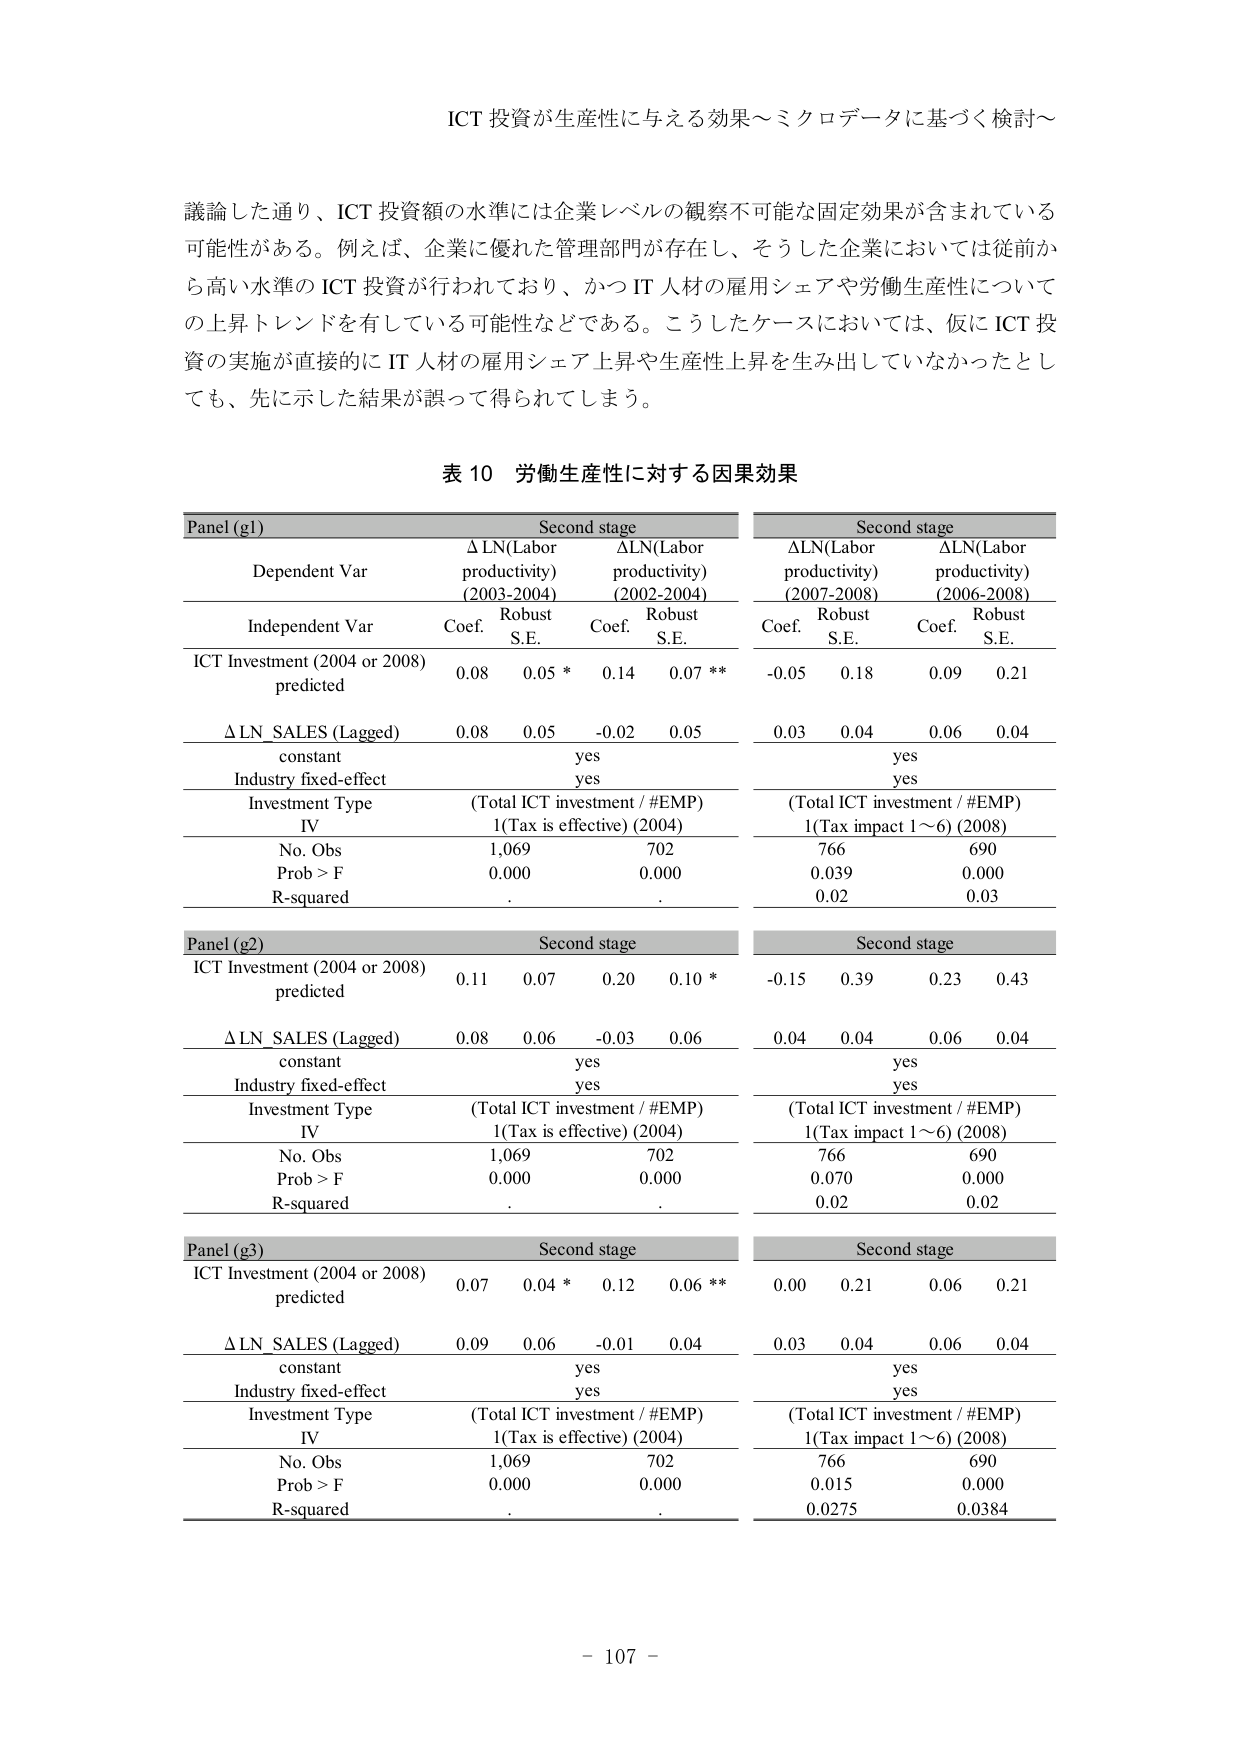
ICT 投資が生産性に与える効果～ミクロデータに基づく検討～

議論した通り、ICT 投資額の水準には企業レベルの観察不可能な固定効果が含まれている可能性がある。例えば、企業に優れた管理部門が存在し、そうした企業においては従前から高い水準の ICT 投資が行われており、かつ IT 人材の雇用シェアや労働生産性についての上昇トレンドを有している可能性などである。こうしたケースにおいては、仮に ICT 投資の実施が直接的に IT 人材の雇用シェア上昇や生産性上昇を生み出していなかったとしても、先に示した結果が誤って得られてしまう。

表 10 労働生産性に対する因果効果

Panel (g1) Second stage Second stage
Dependent Var Δ LN(Labor productivity) (2003-2004) ΔLN(Labor productivity) (2002-2004) ΔLN(Labor productivity) (2007-2008) ΔLN(Labor productivity) (2006-2008)
Independent Var Coef. Robust S.E. Coef. Robust S.E. Coef. Robust S.E. Coef. Robust S.E.
ICT Investment (2004 or 2008) predicted 0.08 0.05 * 0.14 0.07 ** -0.05 0.18 0.09 0.21
Δ LN SALES (Lagged) 0.08 0.05 -0.02 0.05 0.03 0.04 0.06 0.04
constant yes yes
Industry fixed-effect yes yes
Investment Type IV (Total ICT investment / #EMP) 1(Tax is effective) (2004) (Total ICT investment / #EMP) 1(Tax impact 1～6) (2008)
No. Obs 1,069 702 766 690
Prob > F 0.000 0.000 0.039 0.000
R-squared.. 0.02 0.03

Panel (g2) Second stage Second stage
ICT Investment (2004 or 2008) predicted 0.11 0.07 0.20 0.10 * -0.15 0.39 0.23 0.43
Δ LN SALES (Lagged) 0.08 0.06 -0.03 0.06 0.04 0.04 0.06 0.04
constant yes yes
Industry fixed-effect yes yes
Investment Type IV (Total ICT investment / #EMP) 1(Tax is effective) (2004) (Total ICT investment / #EMP) 1(Tax impact 1～6) (2008)
No. Obs 1,069 702 766 690
Prob > F 0.000 0.000 0.070 0.000
R-squared.. 0.02 0.02

Panel (g3) Second stage Second stage
ICT Investment (2004 or 2008) predicted 0.07 0.04 * 0.12 0.06 ** 0.00 0.21 0.06 0.21
Δ LN SALES (Lagged) 0.09 0.06 -0.01 0.04 0.03 0.04 0.06 0.04
constant yes yes
Industry fixed-effect yes yes
Investment Type IV (Total ICT investment / #EMP) 1(Tax is effective) (2004) (Total ICT investment / #EMP) 1(Tax impact 1～6) (2008)
No. Obs 1,069 702 766 690
Prob > F 0.000 0.000 0.015 0.000
R-squared.. 0.0275 0.0384

- 107 -